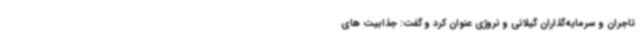
تاجران و سرمایه‌گذاران گیلانی و نروژی عنوان کرد و گفت: جذابیت های